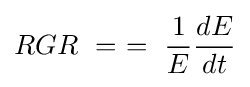
RGR\ =\ =\ {\frac {1}{E}}{\frac {dE}{dt}}